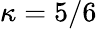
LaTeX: \kappa=5/6